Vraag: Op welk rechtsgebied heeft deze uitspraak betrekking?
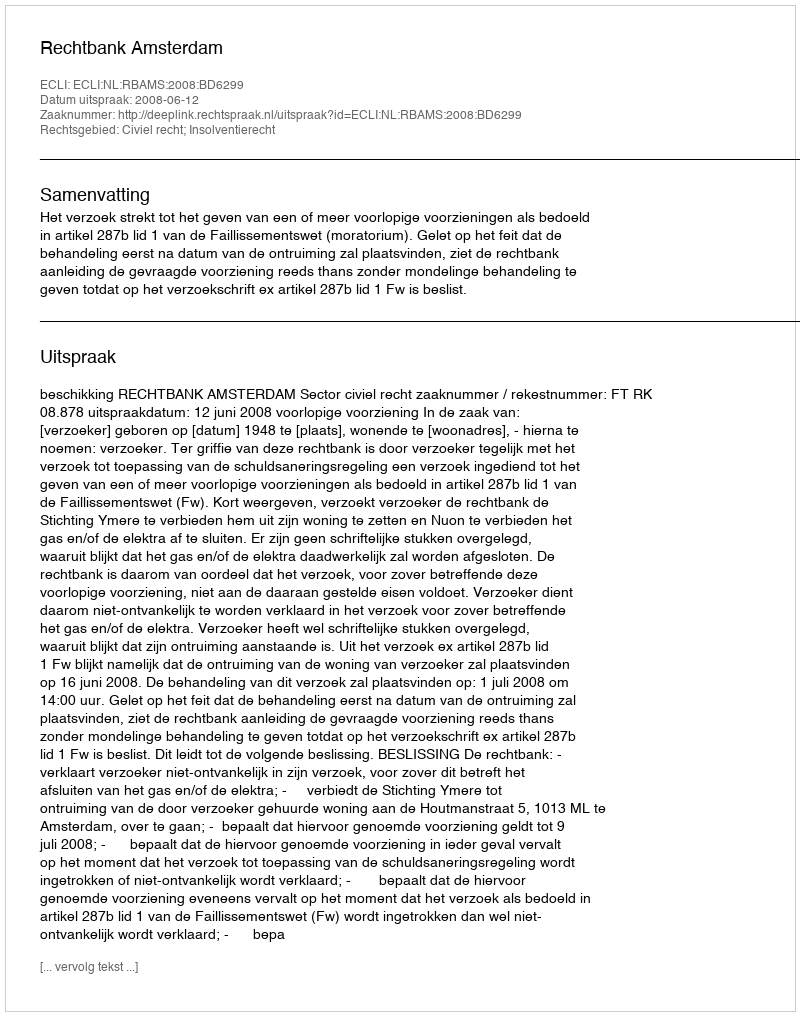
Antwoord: Civiel recht; Insolventierecht